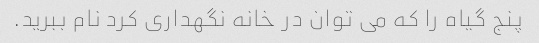
پنج گیاه را که می توان در خانه نگهداری کرد نام ببرید.